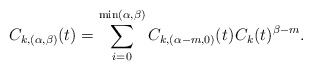
\begin{align*}C_{k,(\alpha,\beta)}(t) = \sum_{i=0}^{\min(\alpha,\beta)} C_{k,(\alpha-m,0)}(t) \kern+1pt C_k(t)^{\beta-m}.\end{align*}